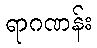
ရာဂဏန်း